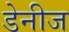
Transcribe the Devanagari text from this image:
डेनीज